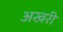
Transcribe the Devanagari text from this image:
अखरी